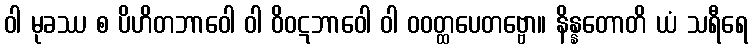
ဝါ မုခဿ စ ပိဟိတဘာဝေါ ဝါ ဝိဝဋဘာဝေါ ဝါ ဝဝတ္ထပေတဗ္ဗော။ နိန္နတောတိ ယံ သရီရေ